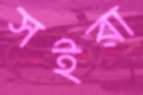
সইরা